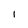
Character: 1